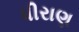
ધીરાણ